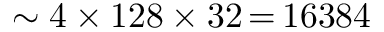
\sim 4 \mathbin { \times } 1 2 8 \mathbin { \times } 3 2 \mathop { = } 1 6 3 8 4